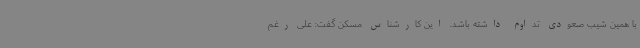
با همین شیب صعودی تداوم داشته باشد. این کارشناس مسکن گفت: علی رغم